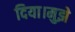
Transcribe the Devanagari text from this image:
दिया।मुझे